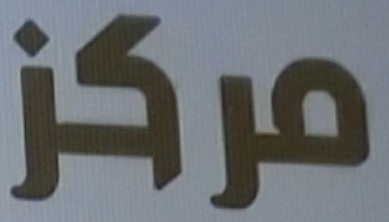
مركز